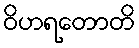
ဝိဟရတောတိ